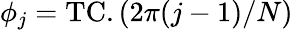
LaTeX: \phi_{j}=\mathrm{TC}.(2\pi(j-1)/N)